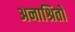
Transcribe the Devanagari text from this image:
अनाश्रितों